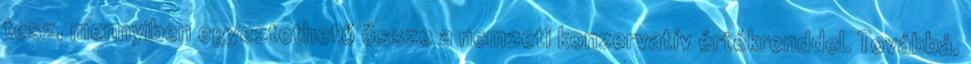
tesz, mennyiben egyeztethető össze a nemzeti konzervatív értékrenddel. Továbbá,